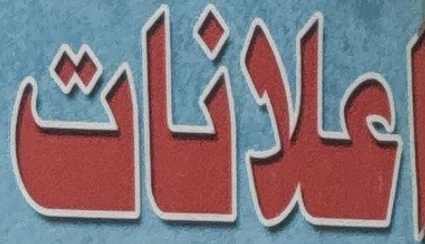
اعلانات